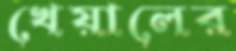
খেয়ালের